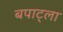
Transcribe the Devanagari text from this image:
बपाट्ला